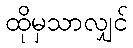
ထိုမှသာလျှင်